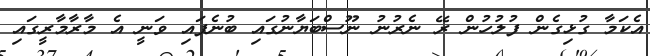
އެކަމާ ގުޅިގެން ފުލުހުން ރޭ ނެރުނު ނޫސްބަޔާނުގައި ބުނެފައި ވަނީ އެ މާރާމާރީގައި